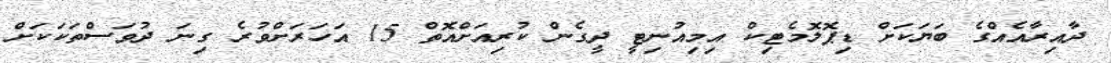
ދާއިރާއެއްގެ ބަޔަކަށް ޑިޕޮލޮމެޓިކް އިމިއުނިޓީ ދީގެން ކުރިއަށްއޮތް 15 އަހަރަށްވުރެ ގިނަ ދުވަސްތަކަކަށް